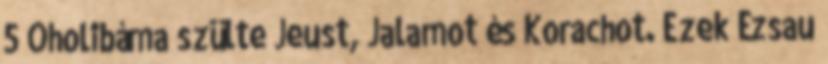
5 Oholibáma szülte Jeust, Jalamot és Korachot. Ezek Ézsau